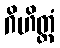
ဂိဟိတ္တံ